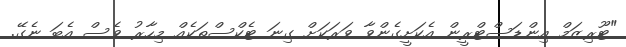
"ޓޫރިޒަމް އިންޑަސްޓްރީން އެކަށީގެންވާ ވަރަކަށް ގިނަ ޓެކްސްތަކެއް މިހާރު ވެސް އެބަ ނެގޭ.